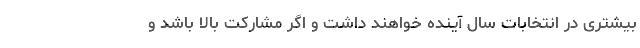
بیشتری در انتخابات سال آینده خواهند داشت و اگر مشارکت بالا باشد و